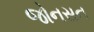
જોનસન